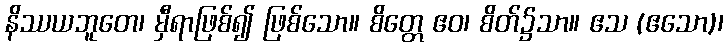
နိဿယဘူတေ၊ မှီရာဖြစ်၍ ဖြစ်သော။ စိတ္တေ ဧဝ၊ စိတ်၌သာ။ ဧသ (ဧသော)၊